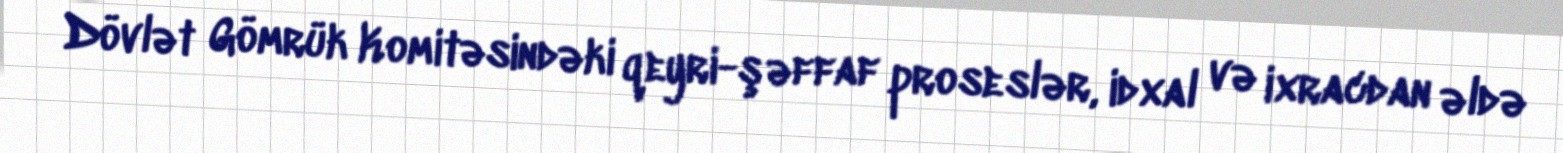
Dövlət Gömrük Komitəsindəki qeyri-şəffaf proseslər, idxal və ixracdan əldə